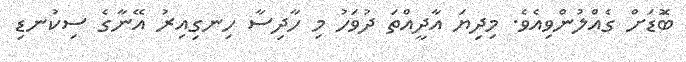
ބޮަޑަށް ގެއްލުންވިއެވެ. މިދިޔަ އާދީއްތަ ދުވަހު މި ހާދިސާ ހިނގިއިރު އޭނާގެ ސިކުނޑި